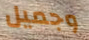
وجميل